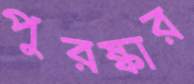
পুরষ্কার